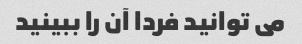
می توانید فردا آن را ببینید